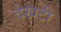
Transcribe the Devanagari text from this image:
देखटी